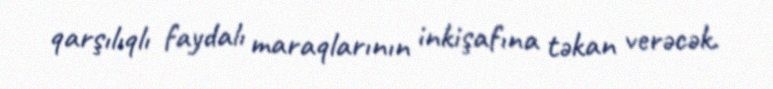
qarşılıqlı faydalı maraqlarının inkişafına təkan verəcək.